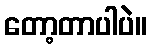
တော့တာပါပဲ။